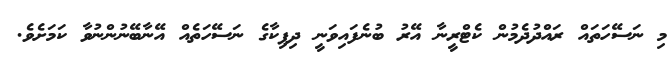
މި ނަސޭހަތައް ރައްދުދެމުން ކެޓްރީނާ އޭރު ބުނެފައިވަނީ ދިޕިކާގެ ނަސޭހަތެއް އޭނާބޭނުންނުވާ ކަމަށެވެ.